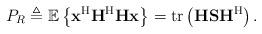
LaTeX: \begin{align*}P_R\triangleq\mathbb{E}\left\{\mathbf{x}^{\rm H}\mathbf{H}^{\rm H}\mathbf{H}\mathbf{x}\right\}=\mathrm{tr}\left(\mathbf{H}\mathbf{S}\mathbf{H}^{\rm H}\right).\end{align*}